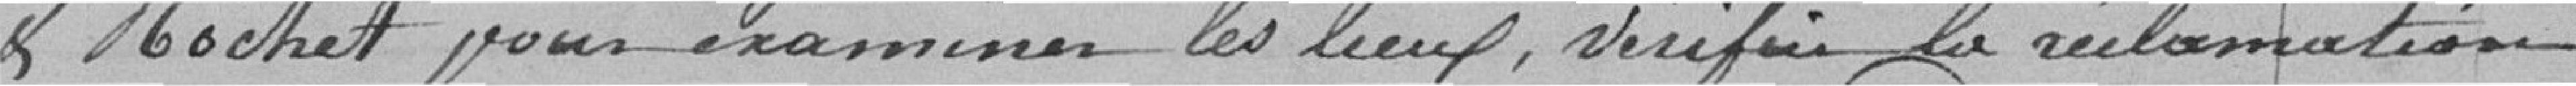
et MOCHET pour examiner les lieux, vérifier la réclamation